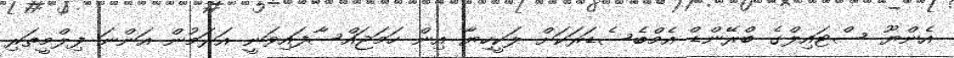
އެންޔޫ ސްޓައިލްގެ ބްރޭންޑް އެމްބެސެޑަރަކަށް ލަކީހިޔާ އިން ހަމަޖައްސާފައިވަނީ އަރަމުން އަންނަ ފިލްމީތަރި